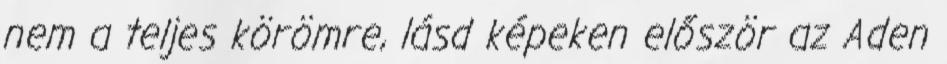
nem a teljes körömre, lásd képeken először az Aden